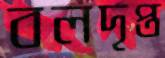
বলদৃপ্ত